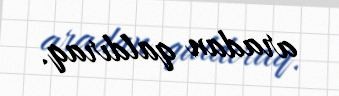
aradan qaldıraq.